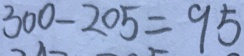
3 0 0 - 2 0 5 = 9 5